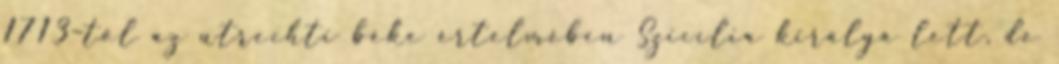
1713–tól az utrechti béke értelmében Szicília királya lett, de